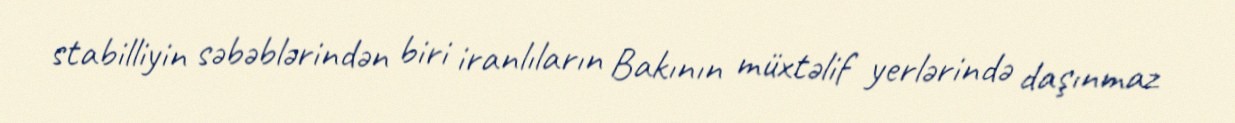
stabilliyin səbəblərindən biri iranlıların Bakının müxtəlif yerlərində daşınmaz